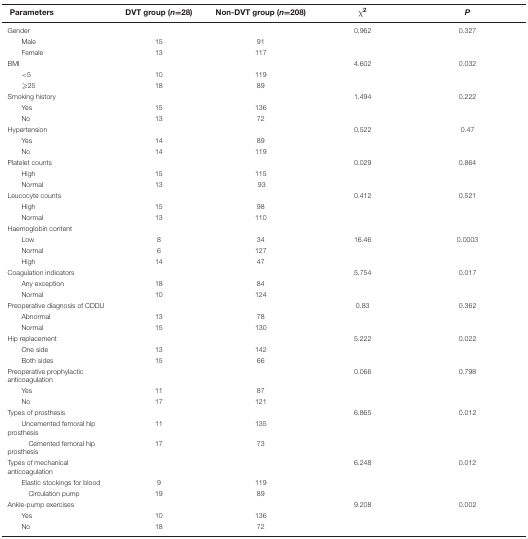
| Parameters | DVT group (n=28) | Non-DVT group (n=208) | χ2 | P |
 | --- | --- | --- | --- | --- |
 | Gender |  |  | 0.962 | 0.327 |
 | Male | 15 | 91 |  |  |
 | Female | 13 | 117 |  |  |
 | BMI |  |  | 4.602 | 0.032 |
 | <5 | 10 | 119 |  |  |
 | ≥25 | 18 | 89 |  |  |
 | Smoking history |  |  | 1.494 | 0.222 |
 | Yes | 15 | 136 |  |  |
 | No | 13 | 72 |  |  |
 | Hypertension |  |  | 0.522 | 0.47 |
 | Yes | 14 | 89 |  |  |
 | No | 14 | 119 |  |  |
 | Platelet counts |  |  | 0.029 | 0.864 |
 | High | 15 | 115 |  |  |
 | Normal | 13 | 93 |  |  |
 | Leucocyte counts |  |  | 0.412 | 0.521 |
 | High | 15 | 98 |  |  |
 | Normal | 13 | 110 |  |  |
 | Haemoglobin content |  |  |  |  |
 | Low | 8 | 34 | 16.46 | 0.0003 |
 | Normal | 6 | 127 |  |  |
 | High | 14 | 47 |  |  |
 | Coagulation indicators |  |  | 5.754 | 0.017 |
 | Any exception | 18 | 84 |  |  |
 | Normal | 10 | 124 |  |  |
 | Preoperative diagnosis of CDDU |  |  | 0.83 | 0.362 |
 | Abnormal | 13 | 78 |  |  |
 | Normal | 15 | 130 |  |  |
 | Hip replacement |  |  | 5.222 | 0.022 |
 | One side | 13 | 142 |  |  |
 | Both sides | 15 | 66 |  |  |
 | Preoperative prophylactic anticoagulation |  |  | 0.066 | 0.798 |
 | Yes | 11 | 87 |  |  |
 | No | 17 | 121 |  |  |
 | Types of prosthesis |  |  | 6.865 | 0.012 |
 | Uncemented femoral hip prosthesis | 11 | 135 |  |  |
 | Cemented femoral hip prosthesis | 17 | 73 |  |  |
 | Types of mechanical anticoagulation |  |  | 6.248 | 0.012 |
 | Elastic stockings for blood | 9 | 119 |  |  |
 | Circulation pump | 19 | 89 |  |  |
 | Ankle-pump exercises |  |  | 9.208 | 0.002 |
 | Yes | 10 | 136 |  |  |
 | No | 18 | 72 |  |  |